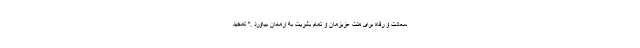
سعادت و رفاه برای ملت عزیزمان و تمام بشریت به ارمغان بیاورد ." تمجید